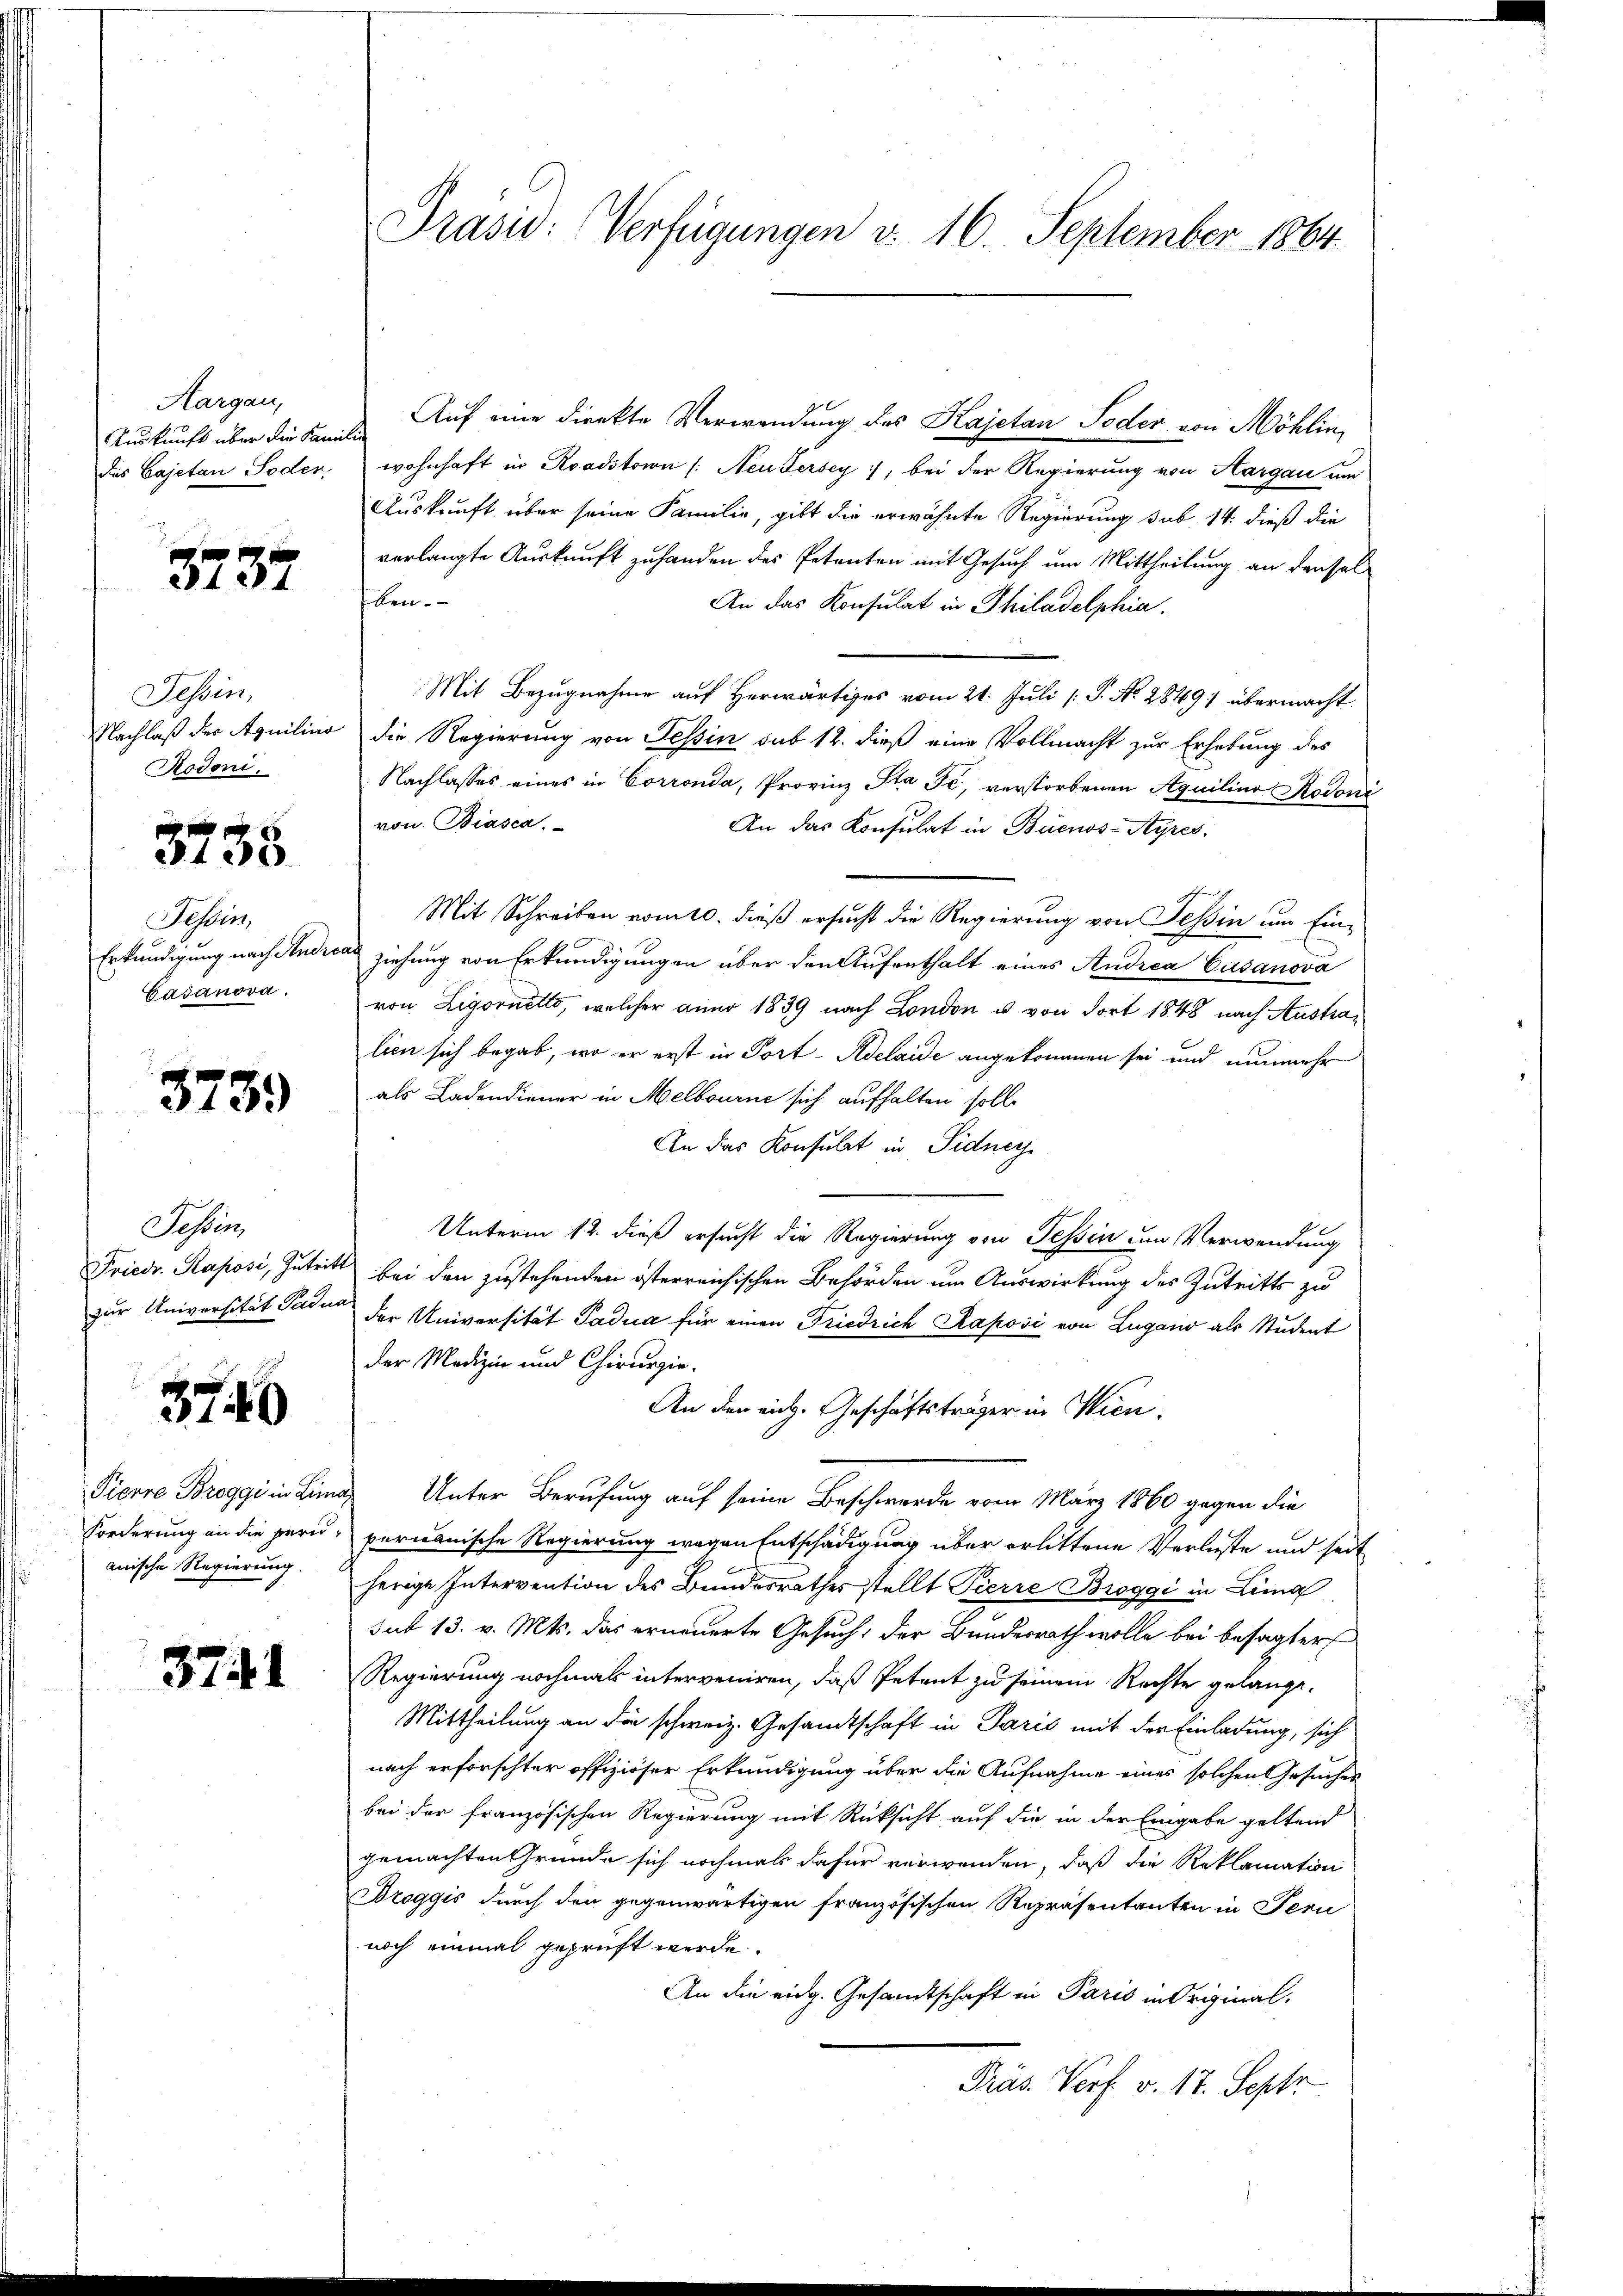
Aargau,
Auskunft über die Familie

3737

Tessin,
Rodoni,

3738

Festun
Gasanova.

3739

Fessen,

3740

anische Regierung.

3741

Auf eine direkte Verwendung des Kajetan Toder von Möhlin,
des Cajetan Soder, wohnhaft in Roadstown /: Neudersey, bei der Regierung von Aargau um
Auskunft über seine Familie, gibt die erwähnte Regierung sub 14. dieß die
verlangte Auskunft zu handen des Petenten mit Gesuch um Mittheilung an denselflen.
An das Konsulat in Philadelphia
Mit Bezugnahme auf herwärtiges vom 21. Juli [ P. Nr. 28491 übermacht.
Nachlaß der Aquilino die Regierung von Tessin sub 12. dieß eine Vollmacht zur Erhebung des
Nachlasses eines in Corronda, Provinz Sta Fé, verstorbenen Aquilino Kodoni
von Biasca.
An das Konsulat in Buenos-Ayres
Mit Schreiben vom 10. dieß ersucht die Regierung von Tessin um Ein¬
Erkundigung nach Andreas ziehung von Erkundigungen über den Aufenthalt eines Andrea Casanova
von Ligornetto, welcher aner 1839 nach London u von dort 1848 nach Australien sich begab, wo er erst in Port- Adelaide angekommen sei und nunmehr
als Ladendiener in Melbourne sich aufhalten solle
An das Konsulat in Sidney
Unterm 12. dieß ersucht die Regierung von Tessin um Verwendung
Friedr. Raposi, Zutritt bei den zustehenden österreichischen Behörden um Auswirkung des Zutritts zu
zur Universität Padus der Universität Padua für einen Friedrich Raposi von Lugano als Student
der Medizin und Chirurgie.
An den eich. Geschäftsträger in Wien.
Pierre Breggi in Linde Unter Berufung auf seine Beschwerde vom März 1860 gegen die
Forderung an die peri, permanische Regierung wegen Entschädigung über erlittene Verluste und seit
herige Intervention des Bundesrathes stellt Pierre Broggi in Lina
sub 13. v. Mts. das erneuerte Gesuch, der Bundesrath wolle bei besagter
Regierung nochmals interveniren, daß Petent zu seinem Rechte gelange¬
Mittheilung an die schweiz. Gesandtschaft in Paris mit der Einladung, sich
nach erforschter offiziöser Erkundigung über die Aufnahme eines solchen Gesuchen
bei der französischen Regierung mit Rücksicht auf die in der Eingabe geltend
gemachten Gründe sich nochmals dafür verwenden, daß die Reklamation
Droggis durch den gegenwärtigen französischen Repräsentanten in Peri
noch einmal geprüft werde.
An die eidg. Gesandtschaft in Paris in Original-
Präs. Verf. v. 17. Sept

Präsid: Verfügungen d. 16. September 1864.